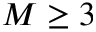
M \geq 3